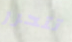
تتحرر